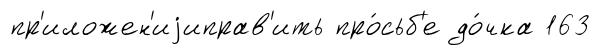
пр'иложен'иjиправ'ить про́сьб'е до́чка 163